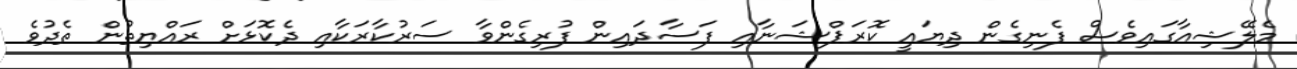
މެލޭޝިއާގައިވެސް ފެނިގެން ދިޔައީ ކޮރަޕްޝަނާއި ފަސާދައިން ފުރިގެންވާ ސަރުކާރަކާއި ދެކޮޅަށް ރައްޔިތުން ތެދުވެ